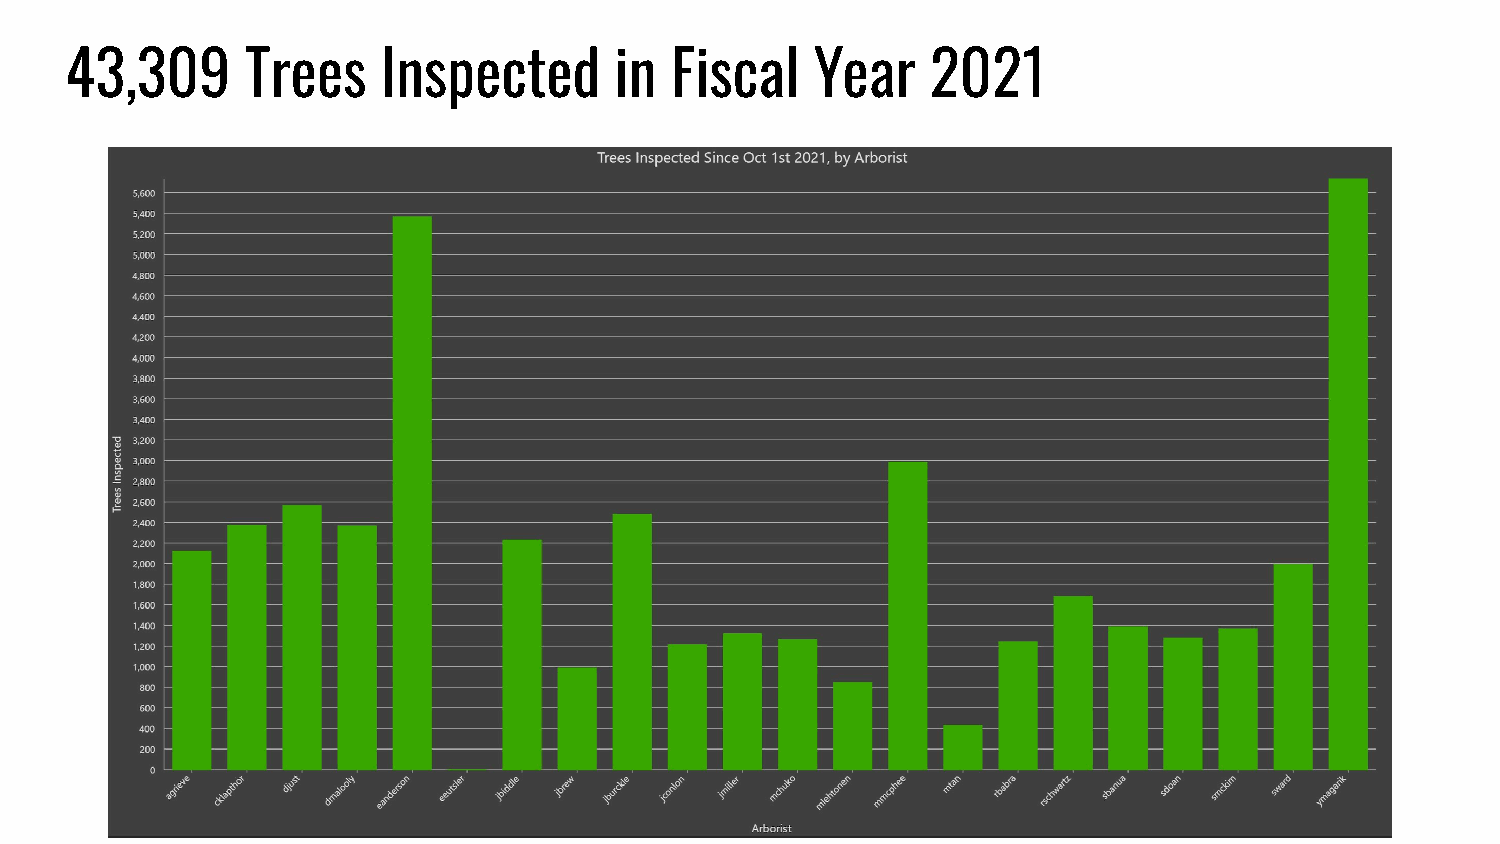
43,309      Trees    Inspected       in Fiscal    Year    2021